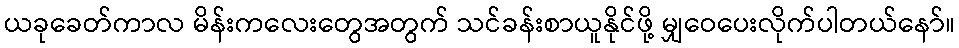
ယခုခေတ်ကာလ မိန်းကလေးတွေအတွက် သင်ခန်းစာယူနိုင်ဖို့ မျှဝေပေးလိုက်ပါတယ်နော်။